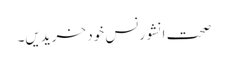
صحت انشورنس خود خریدیں۔